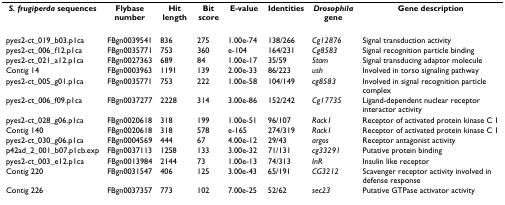
<table><thead><tr><td><b><i>S. frugiperda </i>sequences</b></td><td><b>Flybase number</b></td><td><b>Hit length</b></td><td><b>Bit score</b></td><td><b>E-value</b></td><td><b>Identities</b></td><td><b><i>Drosophila</i> gene</b></td><td><b>Gene description</b></td></tr></thead><tbody><tr><td>pyes2-ct_019_b03.p1ca</td><td>FBgn0039541</td><td>836</td><td>275</td><td>1.00e-74</td><td>138/266</td><td><i>Cg12876</i></td><td>Signal transduction activity</td></tr><tr><td>pyes2-ct_006_f12.p1ca</td><td>FBgn0035771</td><td>753</td><td>360</td><td>e-104</td><td>164/231</td><td><i>Cg8583</i></td><td>Signal recognition particle binding</td></tr><tr><td>pyes2-ct_021_a12.p1ca</td><td>FBgn0027363</td><td>689</td><td>84</td><td>1.00e-17</td><td>35/59</td><td><i>Stam</i></td><td>Signal transducing adaptor molecule</td></tr><tr><td>Contig 14</td><td>FBgn0003963</td><td>1191</td><td>139</td><td>2.00e-33</td><td>86/223</td><td><i>ush</i></td><td>Involved in torso signaling pathway</td></tr><tr><td>pyes2-ct_005_g01.p1ca</td><td>FBgn0035771</td><td>753</td><td>222</td><td>1.00e-58</td><td>104/149</td><td><i>cg8583</i></td><td>Involved in signal recognition particle complex</td></tr><tr><td>pyes2-ct_006_f09.p1ca</td><td>FBgn0037277</td><td>2228</td><td>314</td><td>3.00e-86</td><td>152/242</td><td><i>Cg17735</i></td><td>Ligand-dependent nuclear receptor interactor activity</td></tr><tr><td>pyes2-ct_028_g06.p1ca</td><td>FBgn0020618</td><td>318</td><td>199</td><td>1.00e-51</td><td>96/107</td><td><i>Rack1</i></td><td>Receptor of activated protein kinase C 1</td></tr><tr><td>Contig 140</td><td>FBgn0020618</td><td>318</td><td>578</td><td>e-165</td><td>274/319</td><td><i>Rack1</i></td><td>Receptor of activated protein kinase C 1</td></tr><tr><td>pyes2-ct_030_g06.p1ca</td><td>FBgn0004569</td><td>444</td><td>67</td><td>4.00e-12</td><td>29/43</td><td><i>argos</i></td><td>Receptor antagonist activity</td></tr><tr><td>p42ad_2_001_b07.p1cb.exp</td><td>FBgn0037113</td><td>1258</td><td>133</td><td>3.00e-32</td><td>71/131</td><td><i>cg33291</i></td><td>Putative protein binding</td></tr><tr><td>pyes2-ct_003_e12.p1ca</td><td>FBgn0013984</td><td>2144</td><td>73</td><td>1.00e-13</td><td>74/313</td><td><i>InR</i></td><td>Insulin like receptor</td></tr><tr><td>Contig 220</td><td>FBgn0031547</td><td>406</td><td>125</td><td>3.00e-43</td><td>65/191</td><td><i>CG3212</i></td><td>Scavenger receptor activity involved in defense response</td></tr><tr><td>Contig 226</td><td>FBgn0037357</td><td>773</td><td>102</td><td>7.00e-25</td><td>52/62</td><td><i>sec23</i></td><td>Putative GTPase activator activity</td></tr></tbody></table>